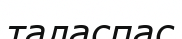
таласпас